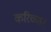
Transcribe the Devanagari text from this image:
करिच्चान्‌